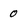
Character: 0